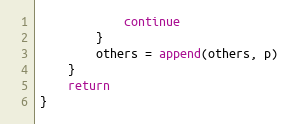
Language: Go
			continue
		}
		others = append(others, p)
	}
	return
}